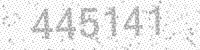
Solution: 445141